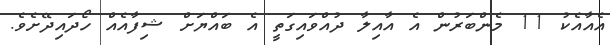
އެއާއެކު 11 މެންބަރުން އެ އާއިލާ ދުއްވައިގަތީ އެ ބައްޔަށް ޝިފާއެއް ހޯދައިދޭށެވެ.